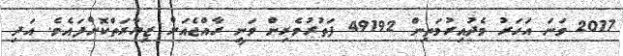
2017 ވަނަ އަހަރު މެދުއިރުމަތިން 49192 ފަތުރުވެރިން ވަނީ ރާއްޖެއަށް ޒިޔާރަތްކޮށްފައެވެ. އަދި